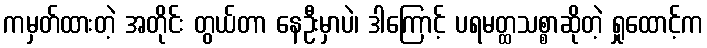
ကမှတ်ထားတဲ့ အတိုင်း တွယ်တာ နေဦးမှာပဲ၊ ဒါကြောင့် ပရမတ္ထသစ္စာဆိုတဲ့ ရှုထောင့်က